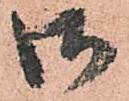
御